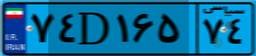
۳۸D۶۴۳۳۳